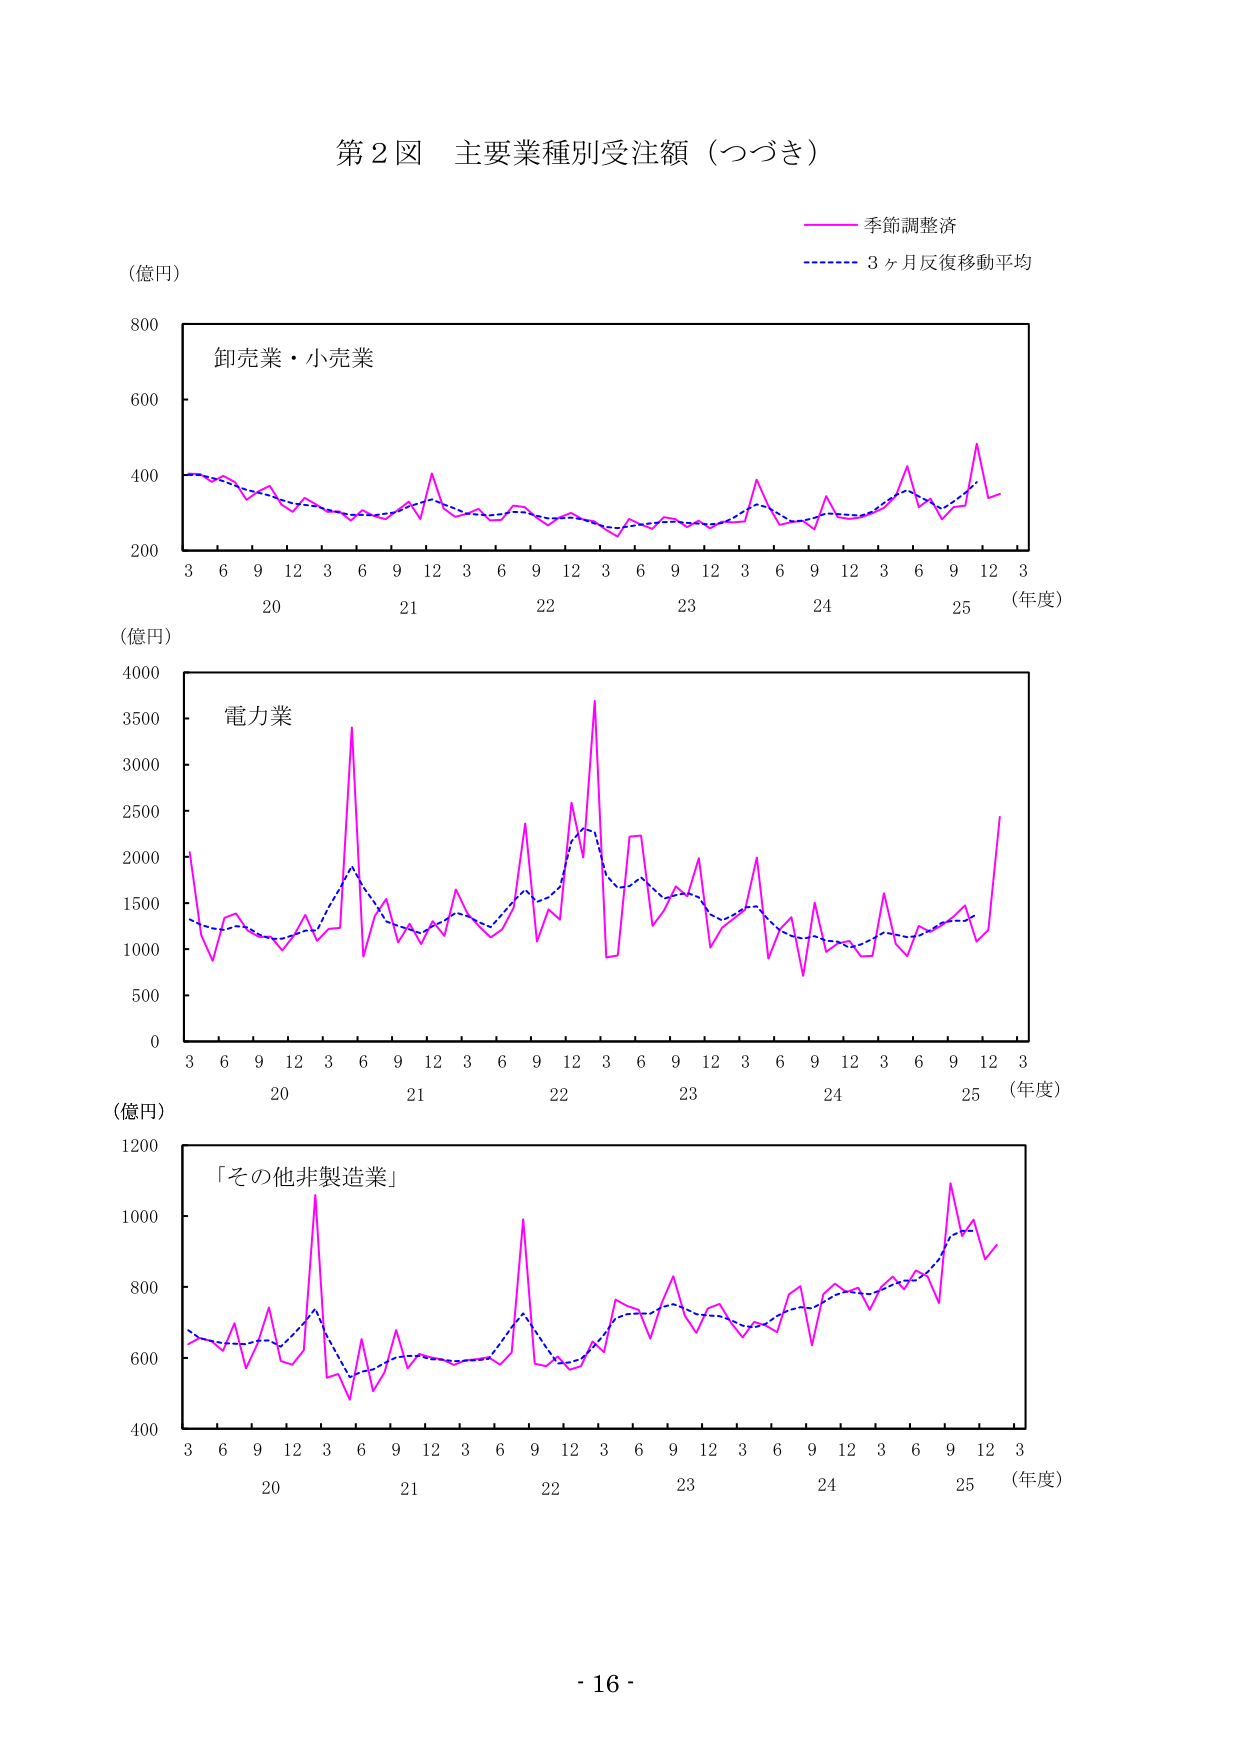
第２図 主要業種別受注額（つづき）

（億円）

卸売業・小売業

季節調整済
3ヶ月反復移動平均

（年度）

（億円）

電力業

（年度）

（億円）

「その他非製造業」

（年度）

- 16 -